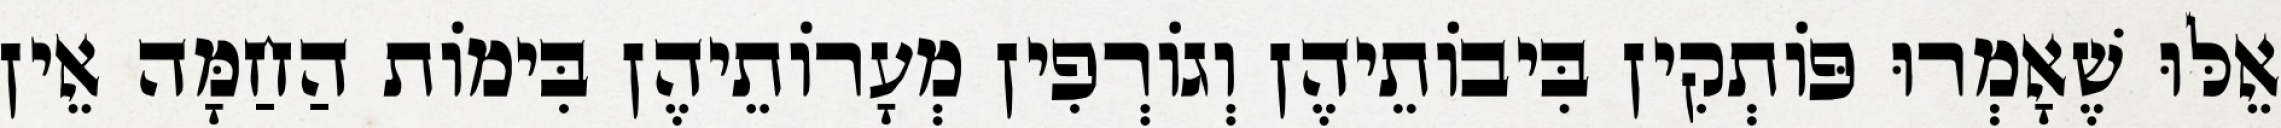
אֵלּוּ שֶׁאָמְרוּ פּוֹתְקִין בִּיבוֹתֵיהֶן וְגוֹרְפִין מְעָרוֹתֵיהֶן בִּימוֹת הַחַמָּה אֵין